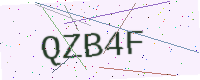
Text: QZB4F